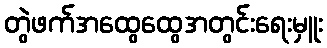
တွဲဖက်အထွေထွေအတွင်းရေးမှူး